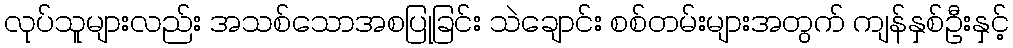
လုပ်သူများလည်း အသစ်သောအစပြုခြင်း သဲချောင်း စစ်တမ်းများအတွက် ကျန်နှစ်ဦးနှင့်